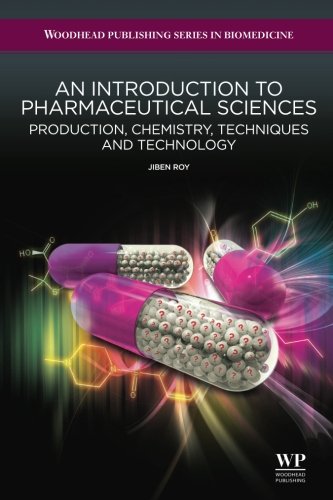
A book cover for An Introduction to Pharmaceutical Sciences: Production, Chemistry, Techniques and Technology (Woodhead Publishing Series in Biomedicine); Jiben Roy; Business & Money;